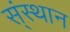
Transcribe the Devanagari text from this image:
स्ंस्थान